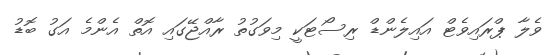
ވެލާ ޕްރައިވެޓް އައިލެންޑް ރިސޯޓަކީ މިވަގުތު ރާއްޖޭގައި އޮތް އެންމެ އަގު ބޮޑު